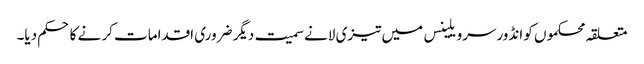
متعلقہ محکموں کو انڈورسرویلینس میں تیزی لانے سمیت دیگر ضروری اقدامات کر نے کا حکم دیا۔